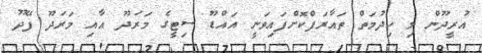
އުރީދޫން މި ހިދުމަތް ތައާރަފްކޮށްފައިވަނީ އައްޑޫ ސިޓީގެ މަރަދޫ އާއި މަރަދޫ ފޭދޫ